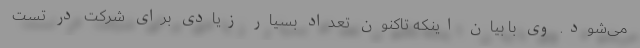
می‌شود. وی با بیان اینکه تاکنون تعداد بسیار زیادی برای شرکت در تست